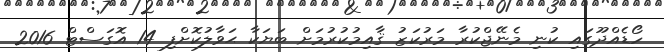
ހޯޑެއްދޫގައި ކުނި މެނޭޖްކުރާ މަރުކަޒު ޤާއިމުކުރުމަށް ބަޔަކާ ޙަވާލުކޮށްފި 14 އޮގަސްޓް 2016